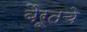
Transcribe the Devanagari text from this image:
बैरूतचे